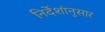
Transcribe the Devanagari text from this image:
निर्देशांनुसार